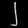
Digit: ၂